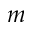
m